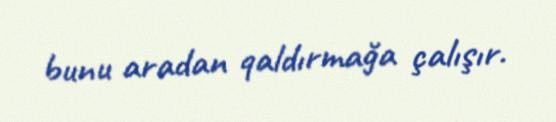
bunu aradan qaldırmağa çalışır.